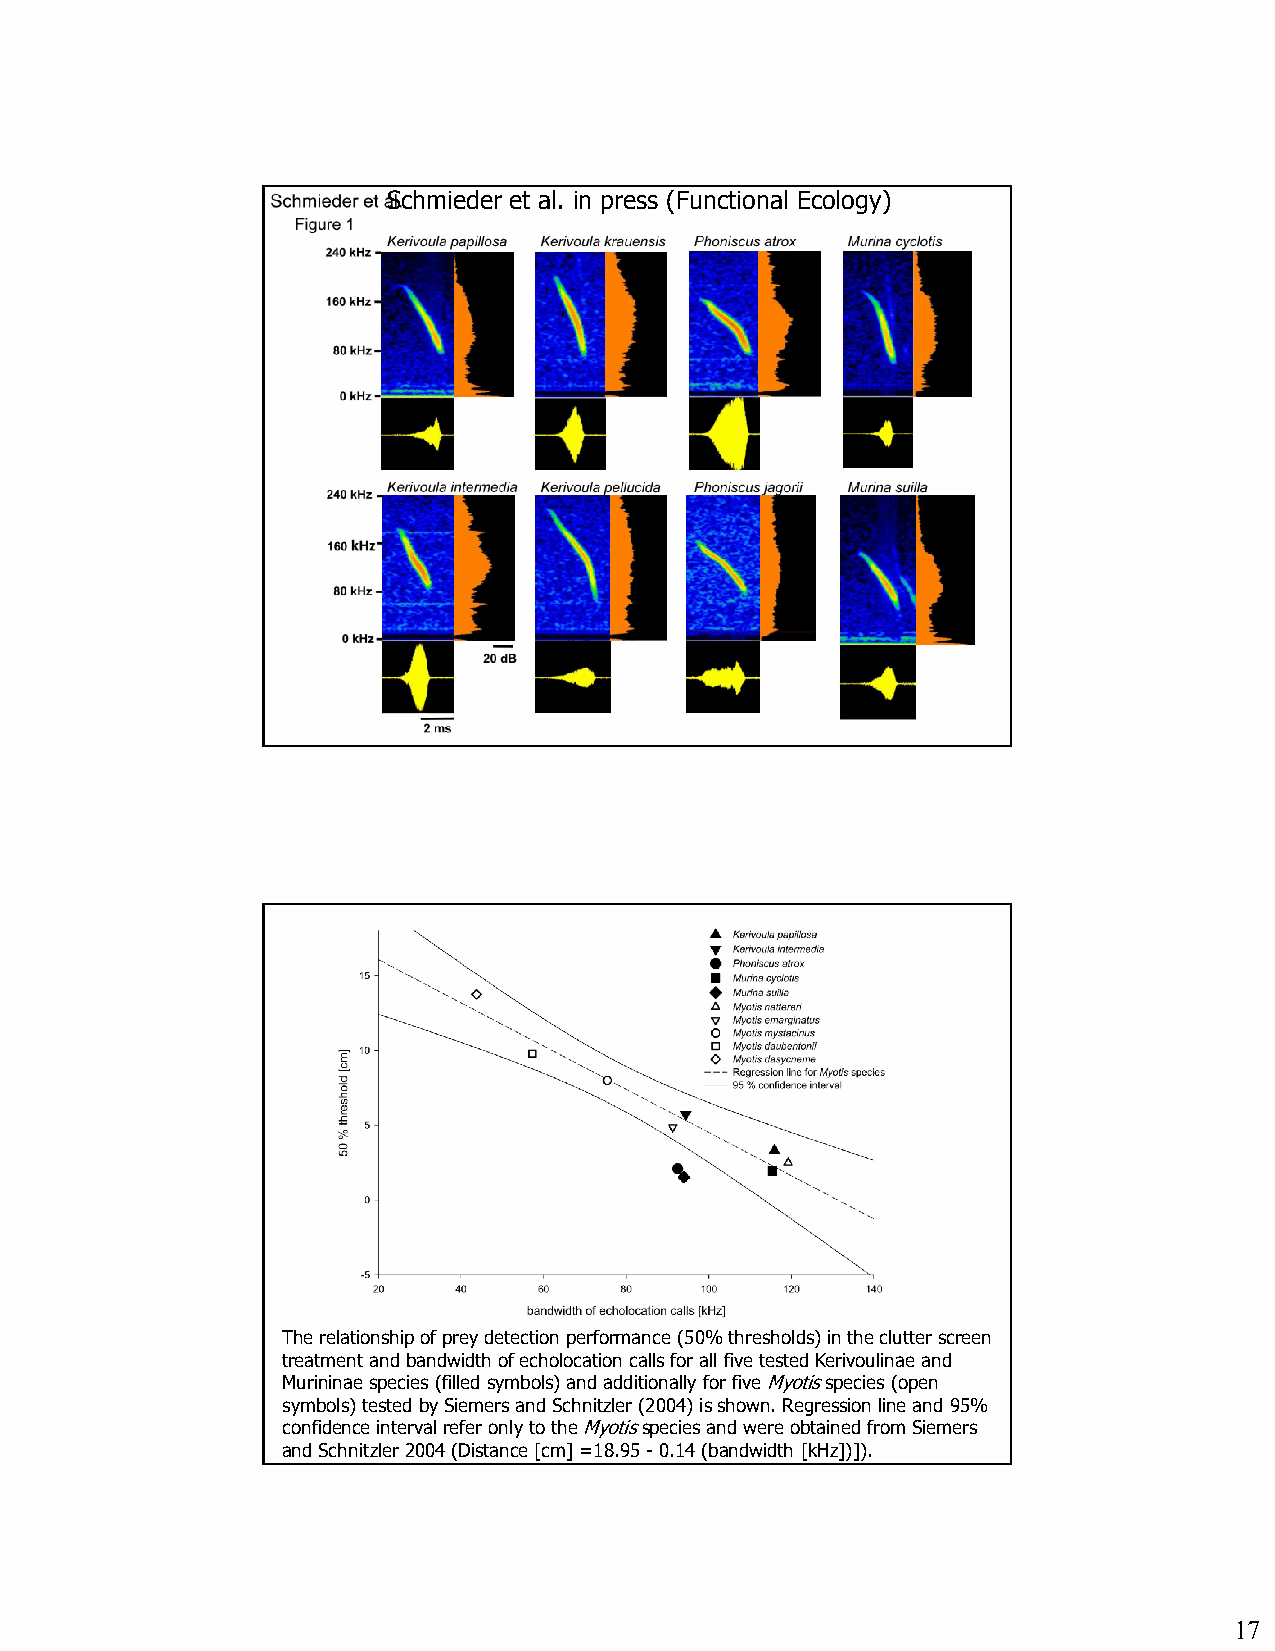
Schmieder et al. in press (Functional Ecology)
 The relationship of prey detection performance (50% thresholds) in the clutter screen
 treatment and bandwidth of echolocation calls for all five tested Kerivoulinae and
 Murininae species (filled symbols) and additionally for five Myotisspecies (open
 symbols) tested by Siemers and Schnitzler (2004) is shown. Regression line and 95%
 confidence interval refer only to theMyotisspecies and were obtained from Siemers
 and Schnitzler 2004 (Distance [cm] =18.95 -0.14 (bandwidth [kHz])]).
 17